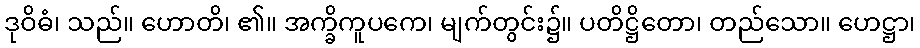
ဒုဝိဓံ၊ သည်။ ဟောတိ၊ ၏။ အက္ခိကူပကေ၊ မျက်တွင်း၌။ ပတိဋ္ဌိတော၊ တည်သော။ ဟေဋ္ဌာ၊